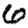
Digit: 6